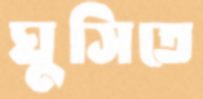
ঘুসিতে